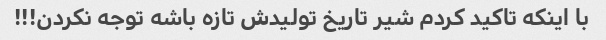
با اینکه تاکید کردم شیر تاریخ تولیدش تازه باشه توجه نکردن!!!